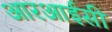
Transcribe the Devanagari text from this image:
आरआईसी